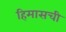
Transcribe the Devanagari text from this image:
हिमासची